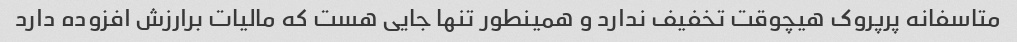
متاسفانه پرپروک هیچوقت تخفیف ندارد و همینطور تنها جایی هست که مالیات برارزش افزوده دارد